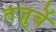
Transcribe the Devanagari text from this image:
तज़ुर्बे